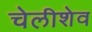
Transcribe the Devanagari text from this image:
चेलीशेव